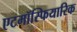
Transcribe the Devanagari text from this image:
एटमॉस्फियारिक